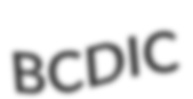
BCDIC